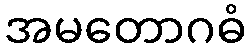
အမတောဂဓံ